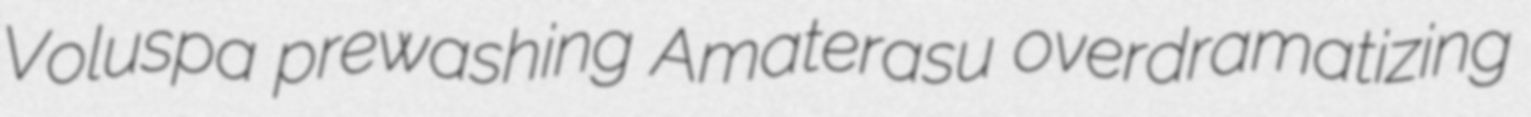
Voluspa prewashing Amaterasu overdramatizing